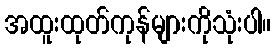
အထူးထုတ်ကုန်များကိုသုံးပါ။